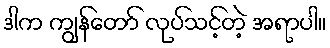
ဒါက ကျွန်တော် လုပ်သင့်တဲ့ အရာပါ။